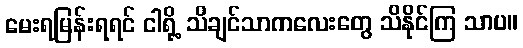
မေးရမြန်းရရင် ငါရို့ သိချင်သာကလေးတွေ သိနိုင်ကြ သာပ။